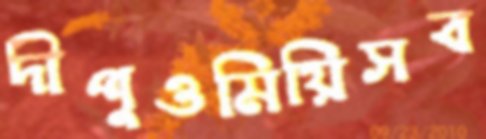
দীপুওমিয়িসব